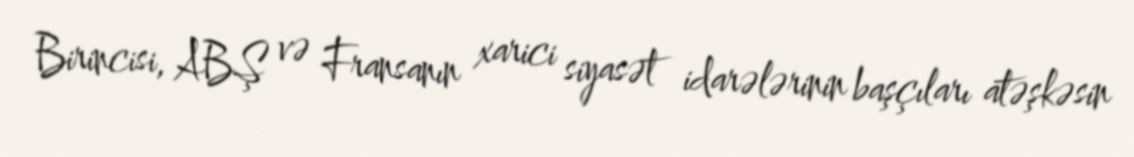
Birincisi, ABŞ və Fransanın xarici siyasət idarələrinin başçıları atəşkəsin